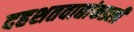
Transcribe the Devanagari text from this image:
दहशतवाद्यांकडली